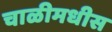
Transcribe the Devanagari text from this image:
चाळीमधीस